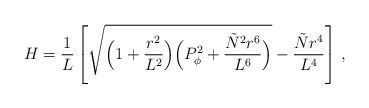
\begin{align*}H=\frac{1}{L}\left[\sqrt{\Bigl(1+\frac{r^2}{L^2}\Bigr) \Bigl(P_\phi^2+\frac{{\tilde N}^2r^6}{L^6}\Bigr)}-\frac{{\tilde N}r^4}{L^4}\right]\, ,\end{align*}